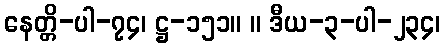
နေတ္တိ-ပါ-၇၄၊ ဋ္ဌ-၁၅၁။ ။ ဒီယ-၃-ပါ-၂၃၄၊